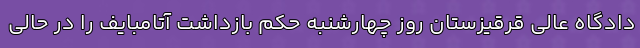
دادگاه عالی قرقیزستان روز چهارشنبه حکم بازداشت آتامبایف را در حالی